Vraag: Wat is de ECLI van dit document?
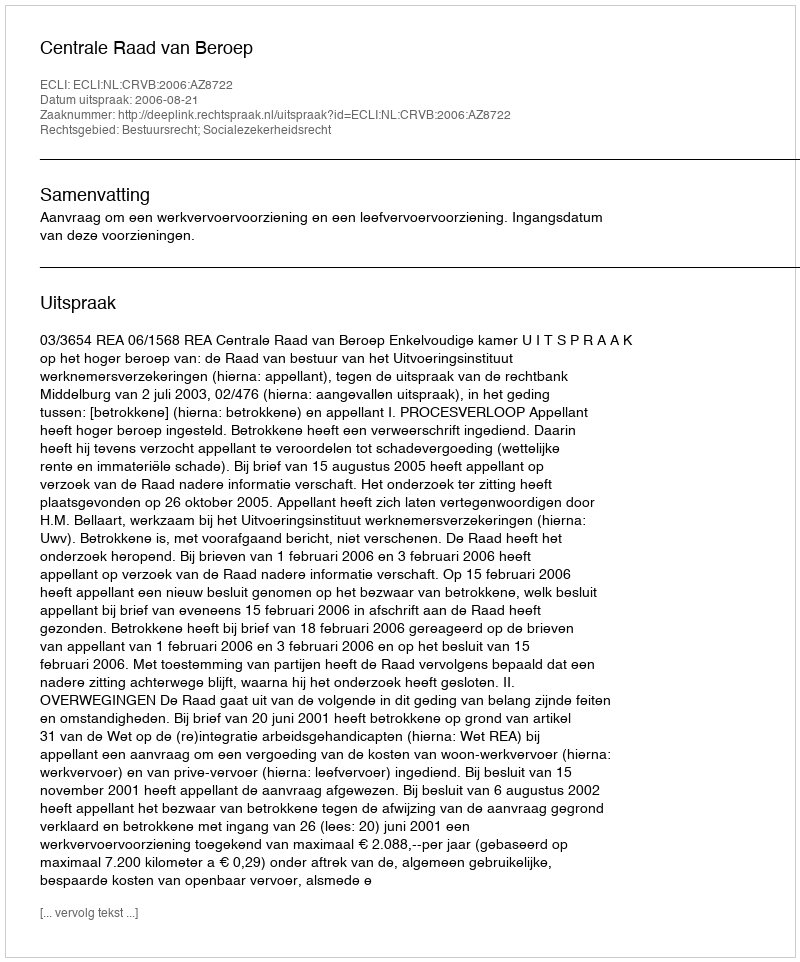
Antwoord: ECLI:NL:CRVB:2006:AZ8722